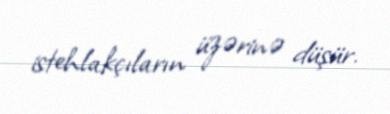
istehlakçıların üzərinə düşür.